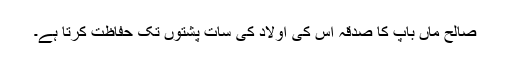
صالح ماں باپ کا صدقہ اُس کی اولاد کی سات پُشتوں تک حفاظت کرتا ہے۔